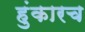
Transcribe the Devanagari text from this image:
हुंकारच